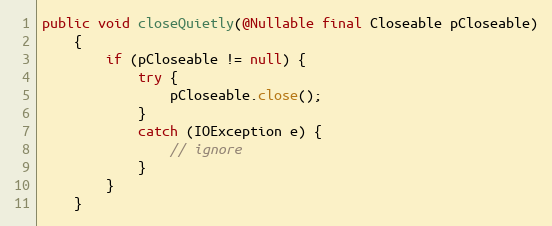
Language: Java
public void closeQuietly(@Nullable final Closeable pCloseable)
    {
        if (pCloseable != null) {
            try {
                pCloseable.close();
            }
            catch (IOException e) {
                // ignore
            }
        }
    }